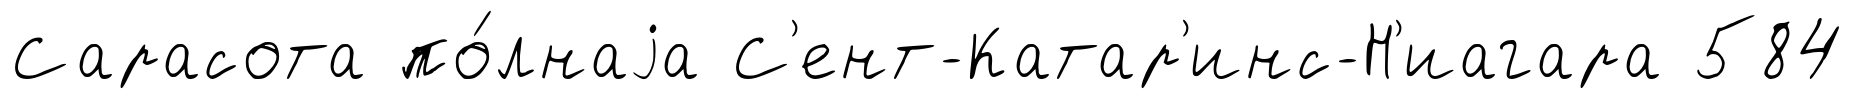
Сарасота по́лнаjа С'ент-Катар'инс-Н'иагара 584